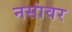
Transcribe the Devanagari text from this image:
नसांवर